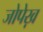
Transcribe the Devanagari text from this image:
जोपेख़